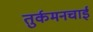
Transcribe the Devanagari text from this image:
तुर्कमनचाई